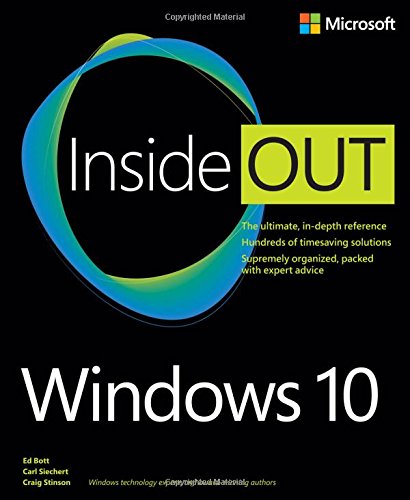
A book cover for Windows 10 Inside Out; Ed Bott; Computers & Technology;